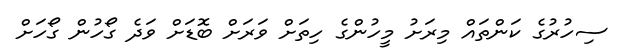
ސިހުރުގެ ކަންތައް މިރަށު މީހުންގެ ހިތަށް ވަރަށް ބޮޑަށް ވަދެ ގޯހުން ގޯހަށް